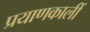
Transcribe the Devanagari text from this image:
प्रयाणकालीं